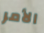
الأمر